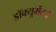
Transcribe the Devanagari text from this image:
डॉक्यूमेंटचे